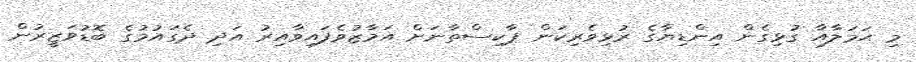
މި ޙަމަލާއާ ގުޅިގެން އިންޑިޔާގެ ރުޅިވެރިކަން ޕާކިސްތާނަށް އަމާޒުވެފައިވާއިރު އަދި ދެގައުމުގެ ބޮޑުވަޒީރުން